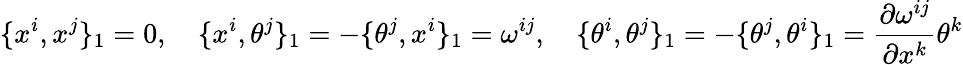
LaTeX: \{ x^{i},x^{j}\} _{1}=0,\quad\{ x^{i},\theta^{j}\} _{1}=-\{ \theta^{j},x^{i}\} _{1}=\omega^{ij},\quad\{ \theta^{i},\theta^{j}\} _{1}=-\{ \theta^{j},\theta^{i}\} _{1}=\frac{\partial\omega^{ij}}{\partial x^{k}}\theta^{k}